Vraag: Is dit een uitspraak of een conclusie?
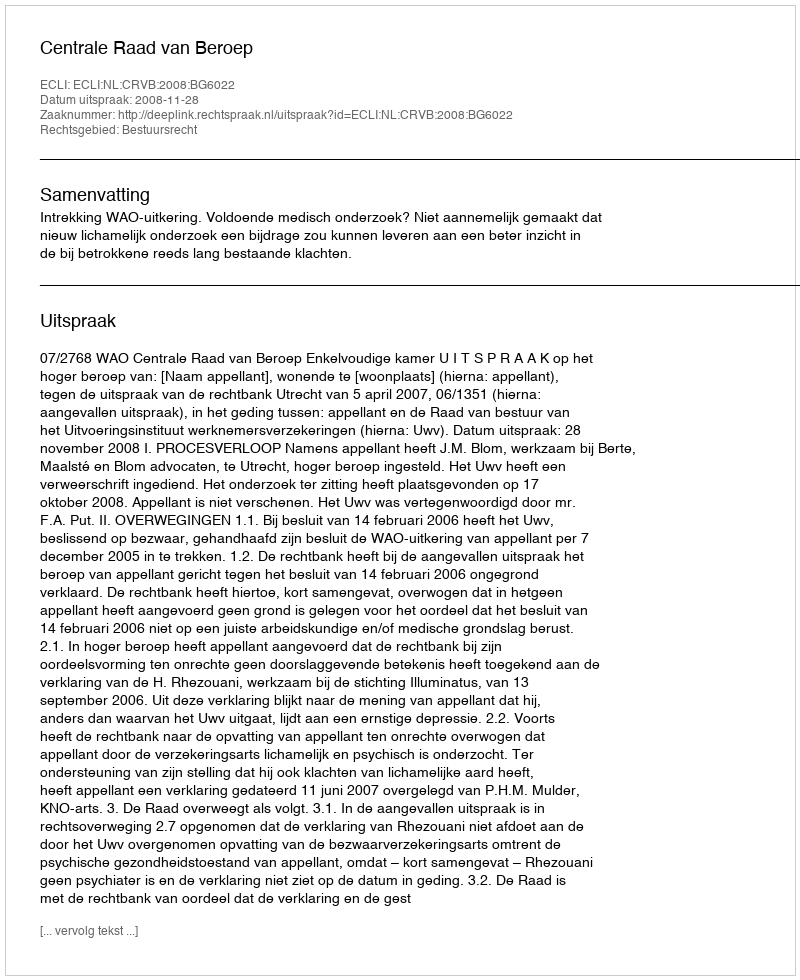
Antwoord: Uitspraak